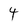
Character: 4